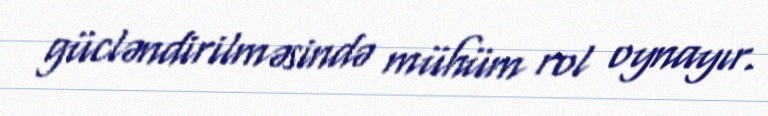
gücləndirilməsində mühüm rol oynayır.